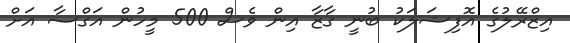
އިޒްރޭލުގެ އޮފިޝަލަކު ބުނީ ގާޒާ އިން ވެސް 500 މީހުން އަގްސާ އަށް